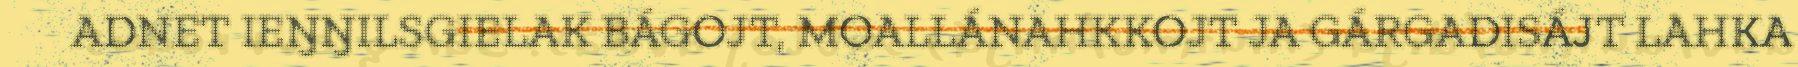
ADNET IEŊŊILSGIELAK BÁGOJT, MOALLÁNAHKKOJT JA GÁRGADISÁJT LAHKA